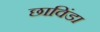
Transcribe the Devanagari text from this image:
छाविंडा